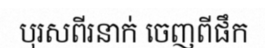
បុរសពីរនាក់ ចេញពីផឹក